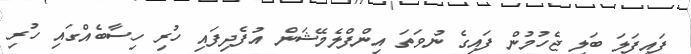
ފައިފަލަ ބަލި ޖެހުމުން ފައިގެ ނުވަތަ އިންފްލެމޭޝަން އުފެދިފައި ހުރި ހިސާބެއްގައި ހުރި